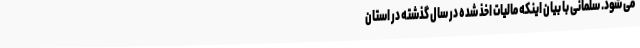
می شود. سلمانی با بیان اینکه مالیات اخذ شده در سال گذشته در استان